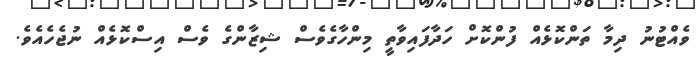
ވެއްޓުނު ދިމާ ތަންކޮޅެއް ފުންކޮށް ހަދާފައިވާތީ މިންހާގެވެސް ޝިޒާންގެ ވެސް އިސްކޮޅެއް ނުޖެހެއެވެ.